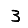
Digit: 3